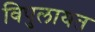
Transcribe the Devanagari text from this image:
विपुलायत